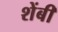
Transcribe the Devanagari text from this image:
शेंबी